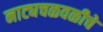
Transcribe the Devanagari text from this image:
नाट्यचळवळीचे